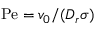
\mathrm { P e } = v _ { 0 } / ( D _ { r } \sigma )